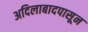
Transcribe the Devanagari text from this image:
अदिलाबादपासून